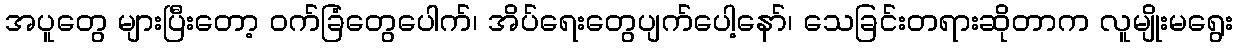
အပူတွေ များပြီးတော့ ဝက်ခြံတွေပေါက်၊ အိပ်ရေးတွေပျက်ပေါ့နော်၊ သေခြင်းတရားဆိုတာက လူမျိုးမရွေး